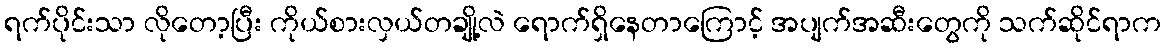
ရက်ပိုင်းသာ လိုတော့ပြီး ကိုယ်စားလှယ်တချို့လဲ ရောက်ရှိနေတာကြောင့် အပျက်အဆီးတွေကို သက်ဆိုင်ရာက